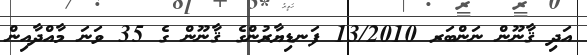
އަދި ޤާނޫން ނަންބަރ 13/2010 ފަނޑިޔާރުންގެ ޤާނޫން ގެ 35 ވަނަ މާއްދާއިން